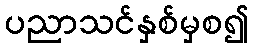
ပညာသင်နှစ်မှစ၍